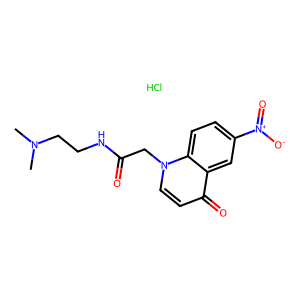
SMILES: CN(C)CCNC(=O)Cn1ccc(=O)c2cc([N+](=O)[O-])ccc21.Cl
Inhibits HIV replication: No